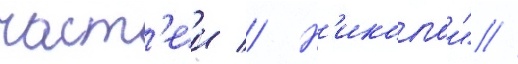
част'еи // Н'иколаи" //